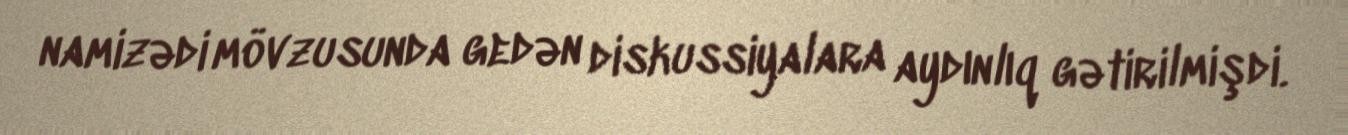
namizədi mövzusunda gedən diskussiyalara aydınlıq gətirilmişdi.